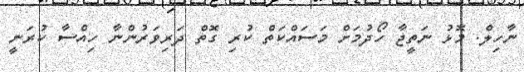
ނާހިލް. މޮޅު ނަތީޖާ ހޯދުމަށް މަސައްކަތް ކުރި ގޮތް ދަރިވަރުންނާ ހިއްސާ ކުރަނީ